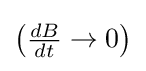
{\textstyle \left({\frac {dB}{dt}}\to 0\right)}